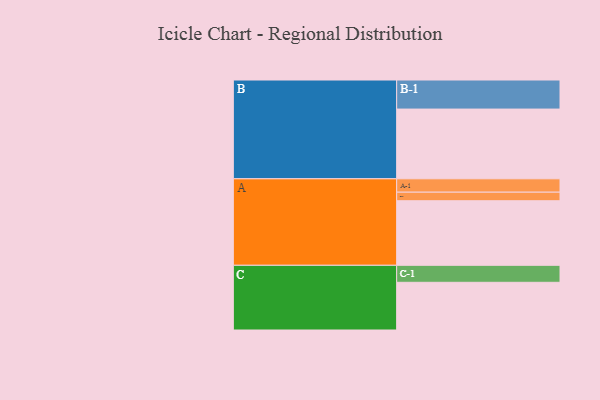
{"axis": {"x": "Segment", "y": "Value"}, "legend": ["", "A", "B", "C"], "data": [{"x": "A", "y": 551, "type": ""}, {"x": "B", "y": 595, "type": ""}, {"x": "C", "y": 407, "type": ""}, {"x": "A-1", "y": 114, "type": "A"}, {"x": "A-2", "y": 73, "type": "A"}, {"x": "B-1", "y": 248, "type": "B"}, {"x": "C-1", "y": 145, "type": "C"}]}